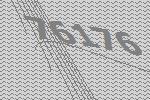
76176